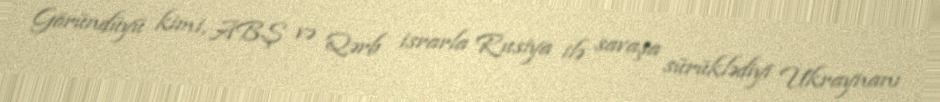
Göründüyü kimi, ABŞ və Qərb israrla Rusiya ilə savaşa sürüklədiyi Ukraynanı